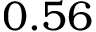
0 . 5 6